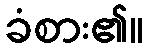
ခံစား၏။